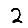
Digit: 2